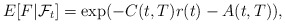
\begin{align*}E[F|\mathcal{F}_{t}]=\exp (-C(t,T)r(t)-A(t,T)), \end{align*}